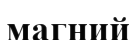
магний